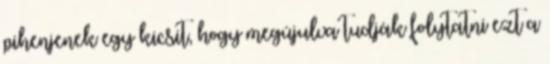
pihenjenek egy kicsit, hogy megújulva tudják folytatni ezt a